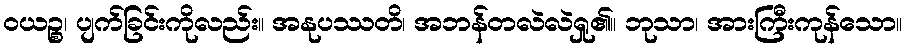
ဝယဉ္စ၊ ပျက်ခြင်းကိုလည်း။ အနုပဿတိ၊ အဘန်တလဲလဲရှု၏။ ဘုသာ၊ အားကြီးကုန်သော။